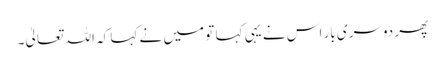
پھر دوسری بار اس نے یہی کہا تو میں نے کہا کہ اللہ تعالیٰ۔